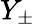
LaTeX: Y_{\pm}